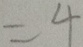
= 4